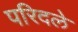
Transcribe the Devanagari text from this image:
परिदले